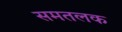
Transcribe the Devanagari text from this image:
समतलक